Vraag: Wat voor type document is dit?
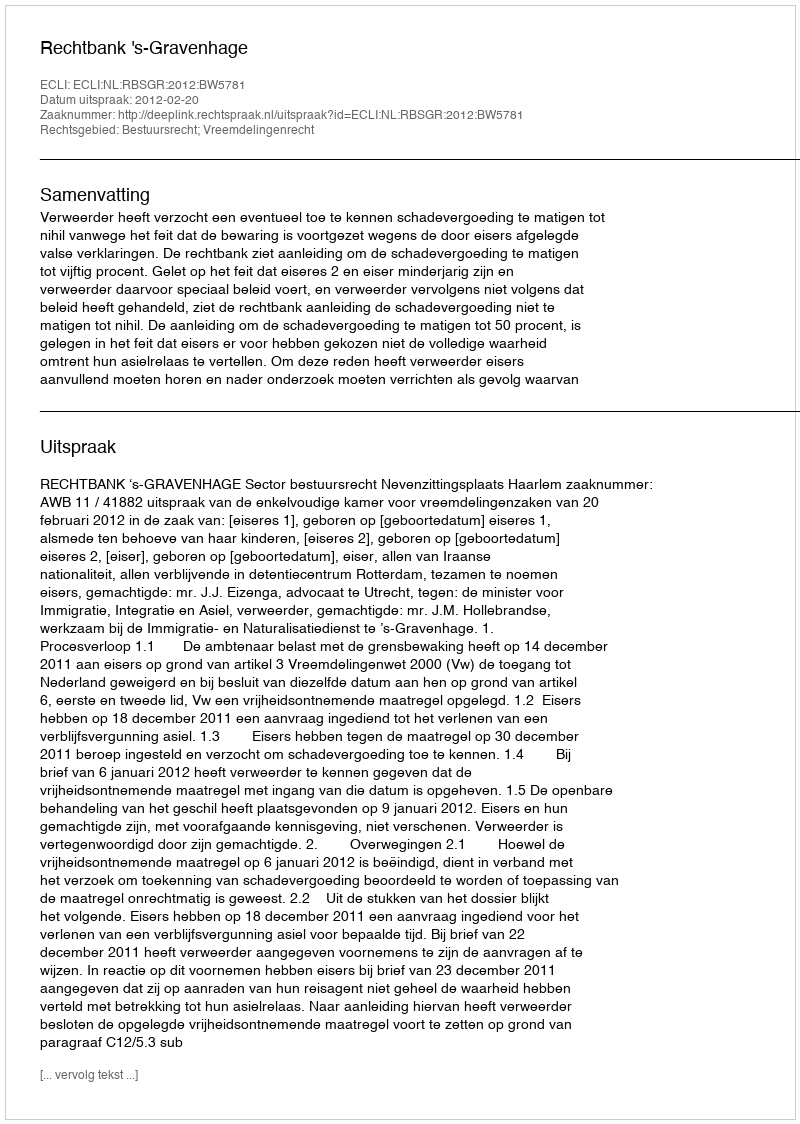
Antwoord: Uitspraak